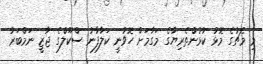
މި މެޗުގެ މޮޅު ކުޅުންތެރިޔާގެ މަގާމަށް ހޮވުނީ ކަލާފާނު ސްކޫލްގެ ޖާޒީ ނަމްބަރު